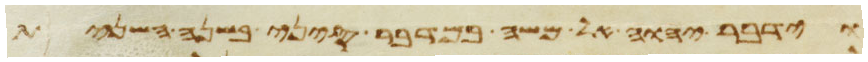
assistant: וידבר יהוה אל משה במדבר סיני בשנה השנית